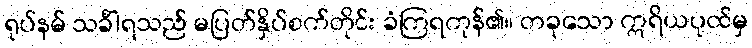
ရုပ်နမ် သင်္ခါရသည် မပြတ်နှိပ်စက်တိုင်း ခံကြရကုန်၏။ တခုသော ဣရိယပုထ်မှ